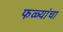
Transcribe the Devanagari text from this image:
फळ्यांचा